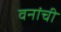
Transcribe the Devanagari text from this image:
वनांची